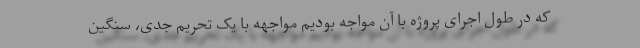
که در طول اجرای پروژه با آن مواجه بودیم مواجهه با یک تحریم جدی، سنگین